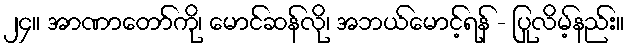
၂၄။ အာဏာတော်ကို၊ မောင်ဆန်လို၊ အဘယ်မောင့်ရန် - ပြုလိမ့်နည်း။